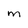
Character: m